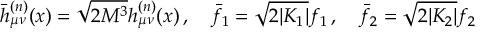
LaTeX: \bar { h } _ { \mu \nu } ^ { ( n ) } ( x ) = \sqrt { 2 M ^ { 3 } } h _ { \mu \nu } ^ { ( n ) } ( x ) \, , \quad \bar { f } _ { 1 } = \sqrt { 2 | { \cal K } _ { 1 } | } f _ { 1 } \, , \quad \bar { f } _ { 2 } = \sqrt { 2 | { \cal K } _ { 2 } | } f _ { 2 }